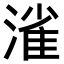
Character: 𣼎